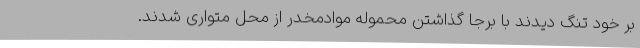
بر خود تنگ دیدند با برجا گذاشتن محموله موادمخدر از محل متواری شدند.